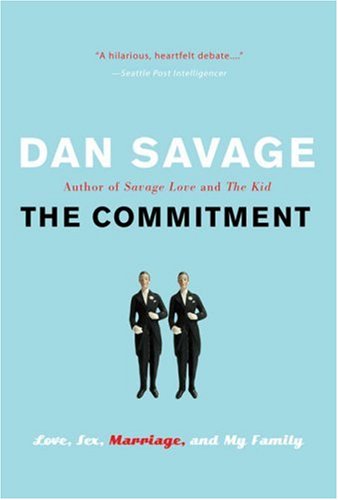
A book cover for The Commitment: Love, Sex, Marriage, and My Family; Dan Savage; Gay & Lesbian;